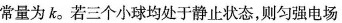
常量为k。若三个小球均处于静止状态，则匀强电场